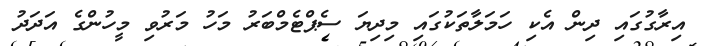
އިރާގުގައި ދިން އެކި ހަމަލާތަކުގައި މިދިޔަ ސެޕްޓެމްބަރު މަހު މަރުވި މީހުންގެ އަދަދު